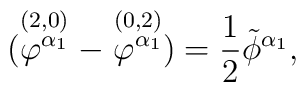
(\stackrel{(2,0)}{\varphi^{\alpha_{1}}}-\stackrel{(0,2)}{\varphi^{\alpha_{1}}})= {1 \over 2} \tilde{\phi}^{\alpha_{1}},